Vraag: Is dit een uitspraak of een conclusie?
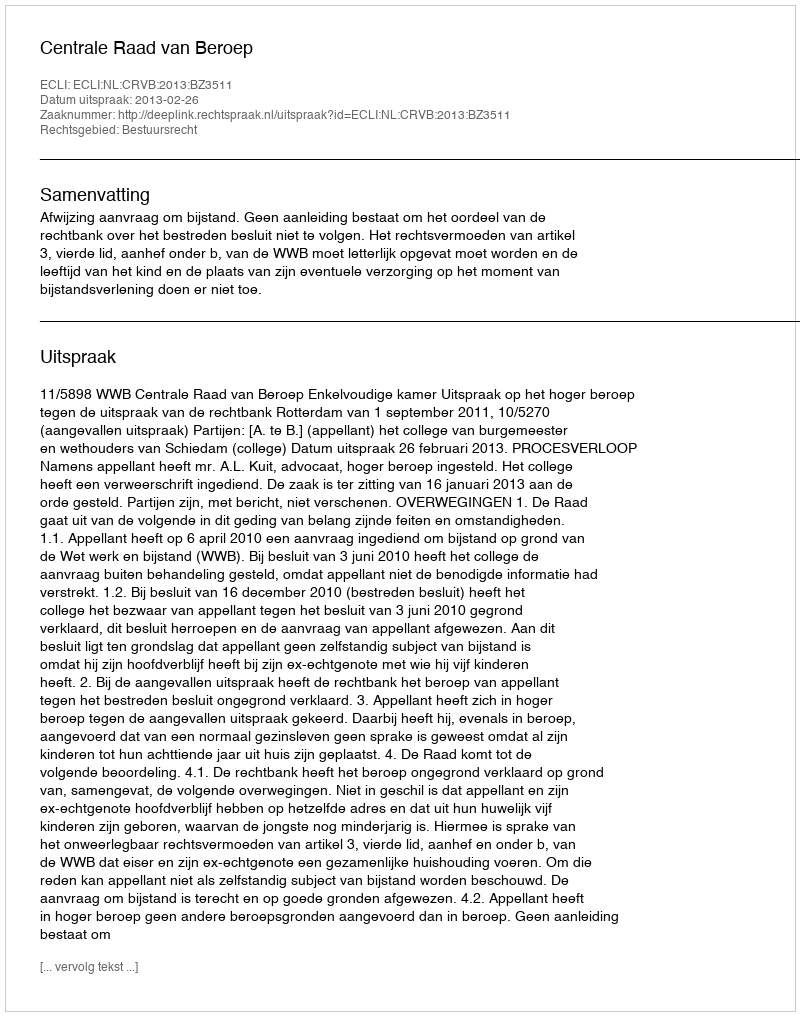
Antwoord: Uitspraak